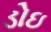
ડોઇ